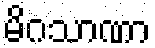
မိဂသာဏာ